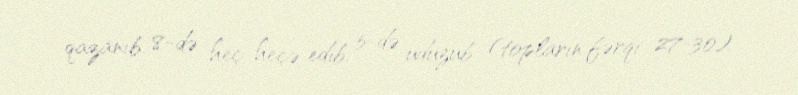
qazanıb, 8-də heç-heçə edib, 5-də uduzub (topların fərqi 27-30).